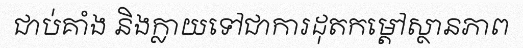
ជាប់គាំង និងក្លាយទៅជាការដុតកម្តៅស្ថានភាព